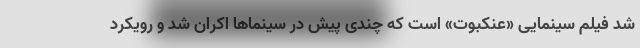
شد فیلم سینمایی «عنکبوت» است که چندی پیش در سینماها اکران شد و رویکرد